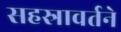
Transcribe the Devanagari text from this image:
सहस्रावर्तने